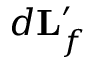
d \mathbf { L } _ { f } ^ { \prime }